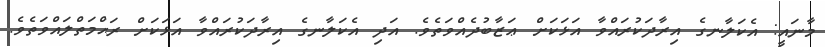
މާނައީ: އެކަލާނގެ އިރާދަކުރައްވާ އަޅަކަށް ޢަޒާބުދެއްވަތެވެ. އަދި އެކަލާނގެ އިރާދަކުރައްވާ އަޅަކަށް ރަޙްމަތްލައްވަތެވެ.